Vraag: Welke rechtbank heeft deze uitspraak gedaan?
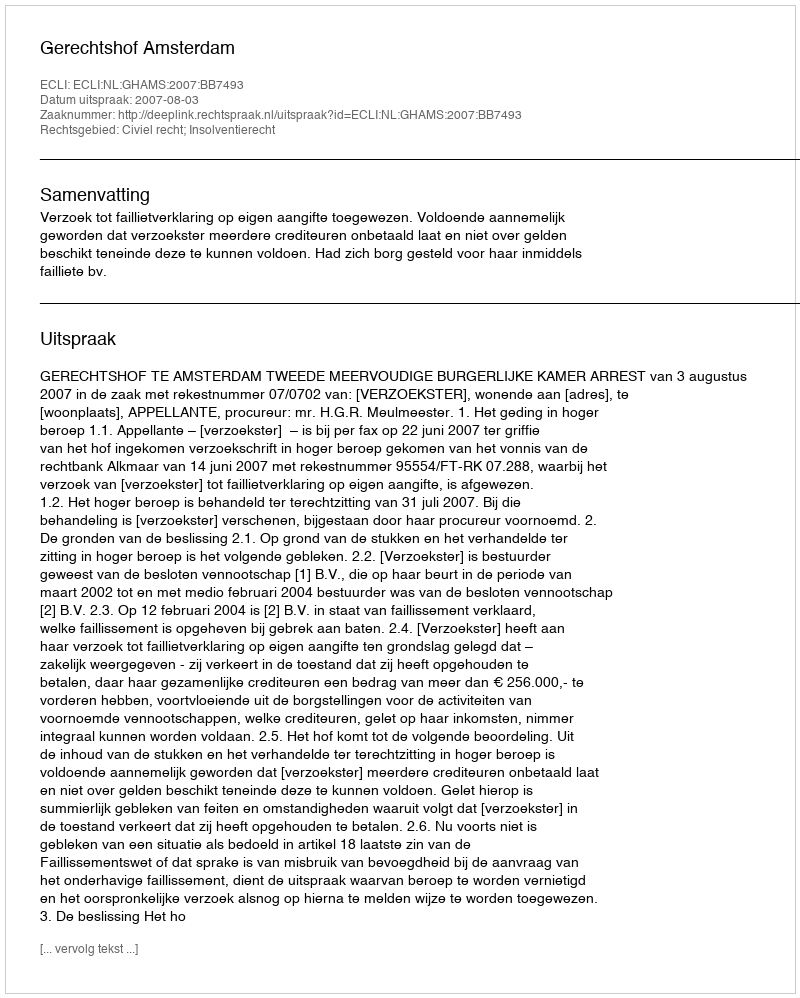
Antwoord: Gerechtshof Amsterdam